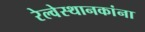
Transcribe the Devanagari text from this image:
रेल्वेस्थानकांना